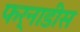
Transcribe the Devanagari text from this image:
फर्नाडीस